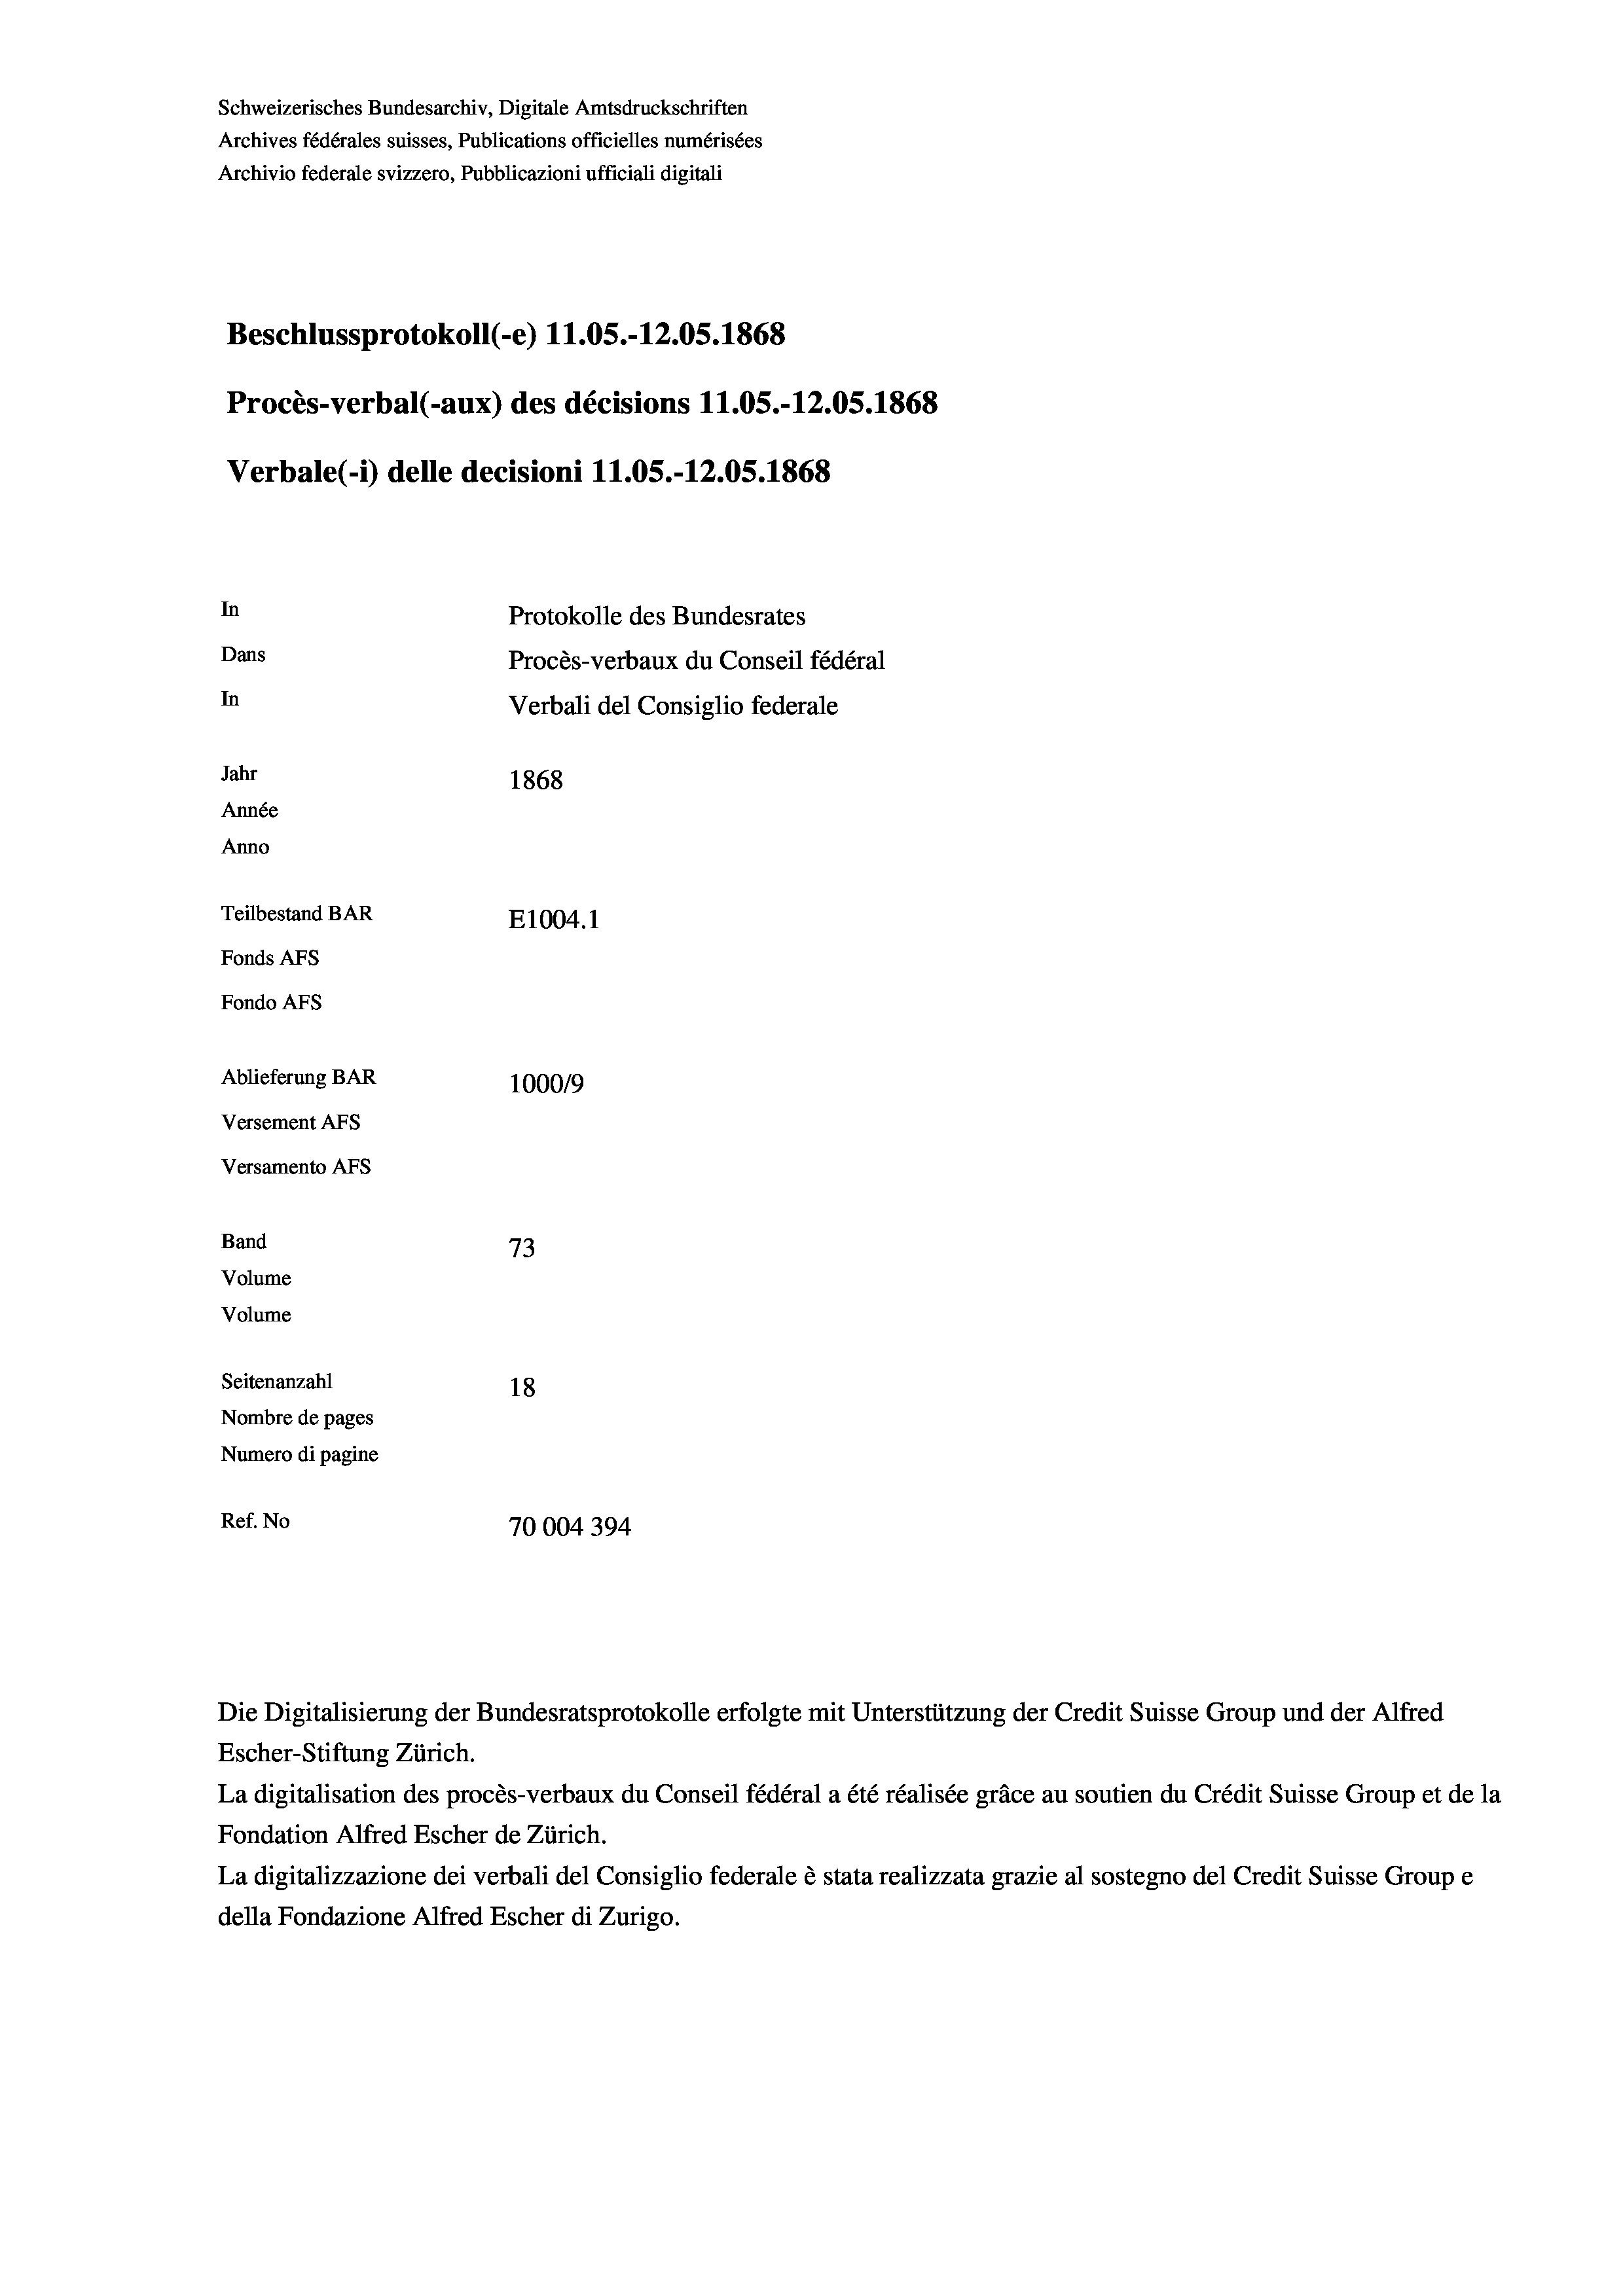
Schweizerisches Bundesarchiv, Digitale Amtsdruckschriften
Archives fédérales suisses, Publications officielles numérisées
Archivio federale svizzero, Pubblicazioni ufficiali digitali
Beschlussprotokoll (-e) 11.05.-12.05. 1868
Procès-verbal (-aux) des décisions 11.05.-12.05. 1868
Verbale(-*) delle decisioni 11.05.-12.05. 1868
In
Protokolle des Bundesrates
Dans
Procès-verbaux du Conseil fédéral
In
Verbali del Consiglio federale
Jahr
1868
Année
Anno
Teilbestand BAR
E1004. 1
Fonds AFs
Fondo AFS
Ablieferung BAR
100019
Versement AFs
Versamento AFs
Band
73
Volume
Volume

Seitenanzahl
18
Nombre de pages
Numero di pagine
Ref. No
70004394

Escher-Stiftung Zürich.
La digitalisation des procès-verbaux du Conseil fédéral a été réalisée gräce au soutien du Crédit Suisse Group et de la
Fondation Alfred Escher de Zürich.
La digitalizzazione dei verbali del Consiglio federale è stata realizzata grazie al sostegno del Credit Suisse Groupe
della Fondazione Alfred Escher di Zurigo.

Die Digitalisierung der Bundesratsprotokolle erfolgte mit Unterstützung der Credit Suisse Group und der Alfred